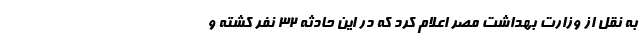
به نقل از وزارت بهداشت مصر اعلام کرد که در این حادثه ۳۲ نفر کشته و